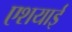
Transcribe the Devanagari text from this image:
एशयाई